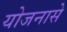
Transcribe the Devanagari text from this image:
योजनासे